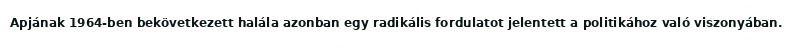
Apjának 1964-ben bekövetkezett halála azonban egy radikális fordulatot jelentett a politikához való viszonyában.